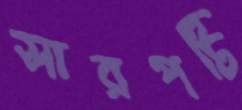
সারপটি